Mental hospitals Bombay report 1921-28 - 1921-1928
Year: 1921
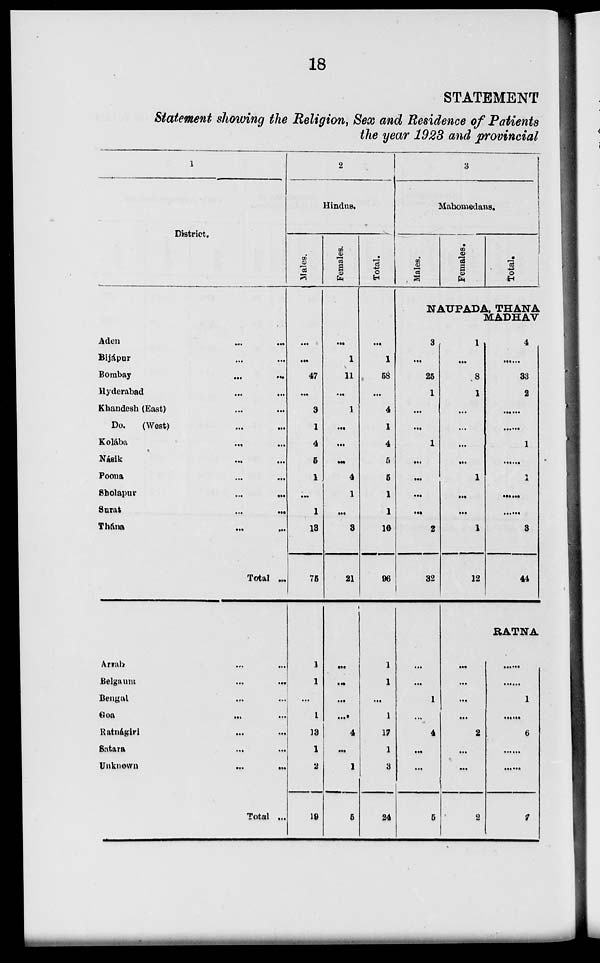
18
STATEMENT
Statement showing the Religion, Sex and Residence of Patients
the year 1923 and provincial
1
District.
Aden ... ...
Bijápur ... ...
Bombay ... ...
Hyderabad ... ...
Khandesh (East) ... ...
Do.
(West) ... ...
Kolába ... ...
Násik ... ...
Poona ... ...
Sholapur
...
...
Surat
...
...
Thána ... ...
Total ...
Arrah ... ...
Belgaum
...
...
Bengal ... ...
Goa ... ...
Ratnágiri ... ...
Satara ... ...
Unknown ... ...
Total ...
2
Hindus.
Males.
...
...
47
...
3
1
4
5
1
...
1
13
75
1
1
...
1
13
1
2
19
Females.
...
1
11
...
1
...
...
...
4
1
...
3
21
...
...
...
...
4
...
1
5
Total.
...
1
58
...
4
1
4
5
5
1
1
16
96
1
1
...
1
17
1
3
24
3
Mahomedans.
Males.
Females.
Total.
NAUPADA, THANA
MADHAV
3
...
25
1
...
...
1
...
...
...
...
2
32
...
...
1
...
4
...
...
5
1
...
8
1
...
...
...
...
1
...
...
1
12
4
......
33
2
......
......
1
......
1
......
......
3
44
RATNA
...
...
...
...
2
...
...
2
......
......
1
......
6
......
......
7